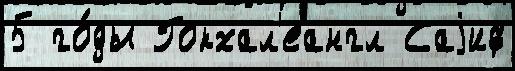
5 го́ды Гокхал'еангл Саjиф